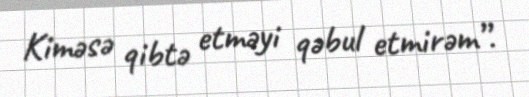
Kiməsə qibtə etməyi qəbul etmirəm”.